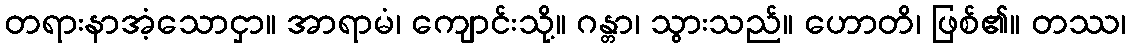
တရားနာအံ့သောငှာ။ အာရာမံ၊ ကျောင်းသို့။ ဂန္တာ၊ သွားသည်။ ဟောတိ၊ ဖြစ်၏။ တဿ၊